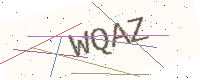
Text: WQAZ